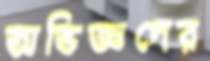
অভিজ্ঞদের